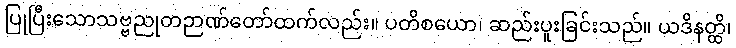
ပြုပြီးသောသဗ္ဗညုတဉာဏ်တော်ထက်လည်း။ ပတိစယော၊ ဆည်းပူးခြင်းသည်။ ယဒိနတ္ထိ၊